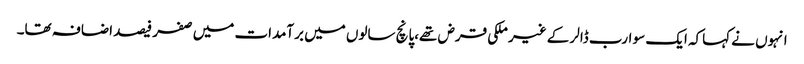
انہوں نے کہاکہ ایک سو ارب ڈالر کے غیر ملکی قرض تھے،پانچ سالوں میں برآمدات میں صفر فیصد اضافہ تھا۔